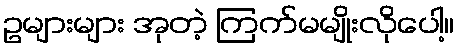
ဥများများ အုတဲ့ ကြက်မမျိုးလိုပေါ့။